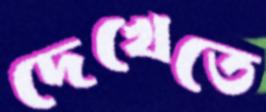
দেখেতে